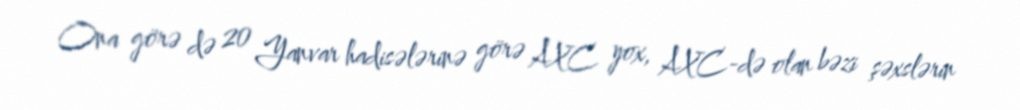
Ona görə də 20 Yanvar hadisələrinə görə AXC yox, AXC-də olan bəzi şəxslərin